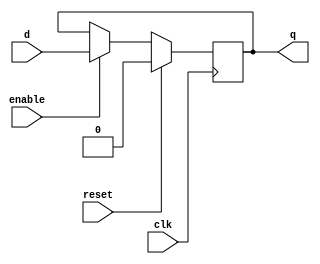
// ==============================================================
// Description: Register with enable
// ==============================================================
module register_en_reset(d, clk, reset, enable, q);

	parameter	N = 1;

	input	[N-1:0]	d; 
	input	clk;
	input	reset;
	input   enable;
	output  [N-1:0]	q;


	reg  [N-1:0]	q_reg;

always @(posedge clk)
	begin
	if(reset)
		begin
			q_reg <= 0;
		end
	else
		if(enable)
		begin
			q_reg <= d;
		end
		else
		begin
			q_reg <= q_reg;
		end
	end

assign q = q_reg;

endmodule